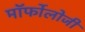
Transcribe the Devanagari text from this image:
मॉर्फोलोजी